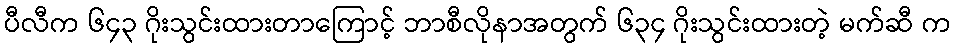
ပီလီက ၆၄၃ ဂိုးသွင်းထားတာကြောင့် ဘာစီလိုနာအတွက် ၆၃၄ ဂိုးသွင်းထားတဲ့ မက်ဆီ က